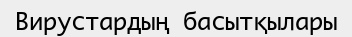
Вирустардың басытқылары